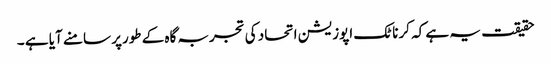
حقیقت یہ ہے کہ کرناٹک اپوزیشن اتحاد کی تجربہ گاہ کے طورپر سامنے آیا ہے ۔